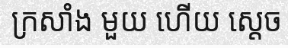
ក្រសាំង មួយ ហើយ ស្តេច